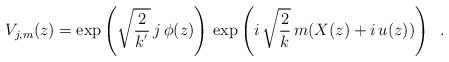
\begin{align*}V_{j,m}(z) = \exp \left( \sqrt{\frac{2}{k^{'}}}\, j\, \phi(z)\right)\,\exp\left( i\,\sqrt{\frac{2}{k}}\, m (X(z) + i\, u(z)) \right) \;\; .\end{align*}